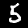
Digit: 5